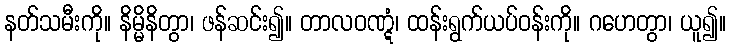
နတ်သမီးကို။ နိမ္မိနိတွာ၊ ဖန်ဆင်း၍။ တာလဝဏ္ဋံ၊ ထန်းရွက်ယပ်ဝန်းကို။ ဂဟေတွာ၊ ယူ၍။